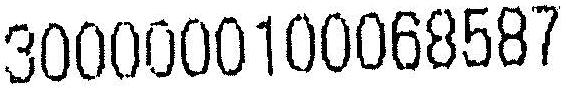
3000000100068587